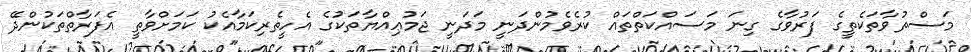
މަސްތުވާތަކެތީގެ ފަރުވާގެ ގިނަ މަސައްކަތްތައް ކުރެވެމުންދަނީ މަދަނީ ޖަމުޢިއްޔާތަކުގެ އެހީތެރިކަމާއެކު ކަމަށްވާތީ އެފަރާތްތަކުންދޭ